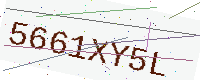
Text: 5661XY5L